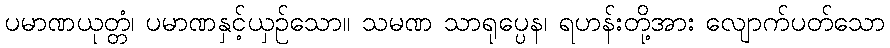
ပမာဏယုတ္တံ၊ ပမာဏနှင့်ယှဉ်သော။ သမဏ သာရုပ္ပေန၊ ရဟန်းတို့အား လျောက်ပတ်သော